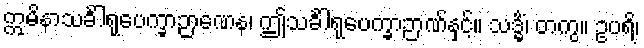
ဣမိနာသင်္ခါရုပေက္ခာဉာဏေန၊ ဤသင်္ခါရုပေက္ခာဉာဏ်နှင့်။ သဒ္ဓိံ၊ တကွ။ ဥပရိ၊